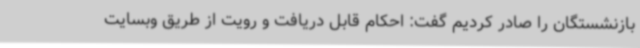
بازنشستگان را صادر کردیم گفت: احکام قابل دریافت و رویت از طریق وبسایت